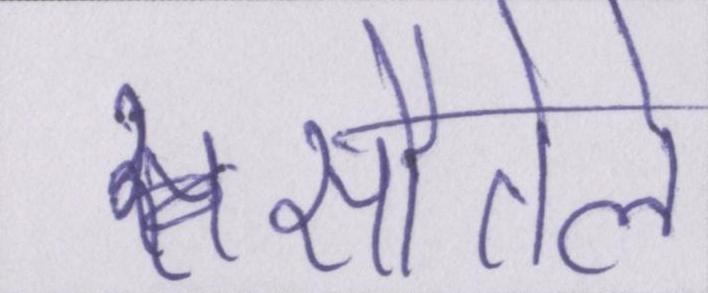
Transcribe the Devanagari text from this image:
सौतेले